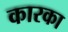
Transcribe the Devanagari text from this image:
कारका